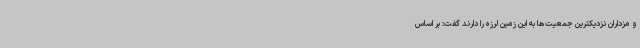
و مزداران نزدیکترین جمعیت‌ها به این زمین لرزه را دارند گفت: بر اساس